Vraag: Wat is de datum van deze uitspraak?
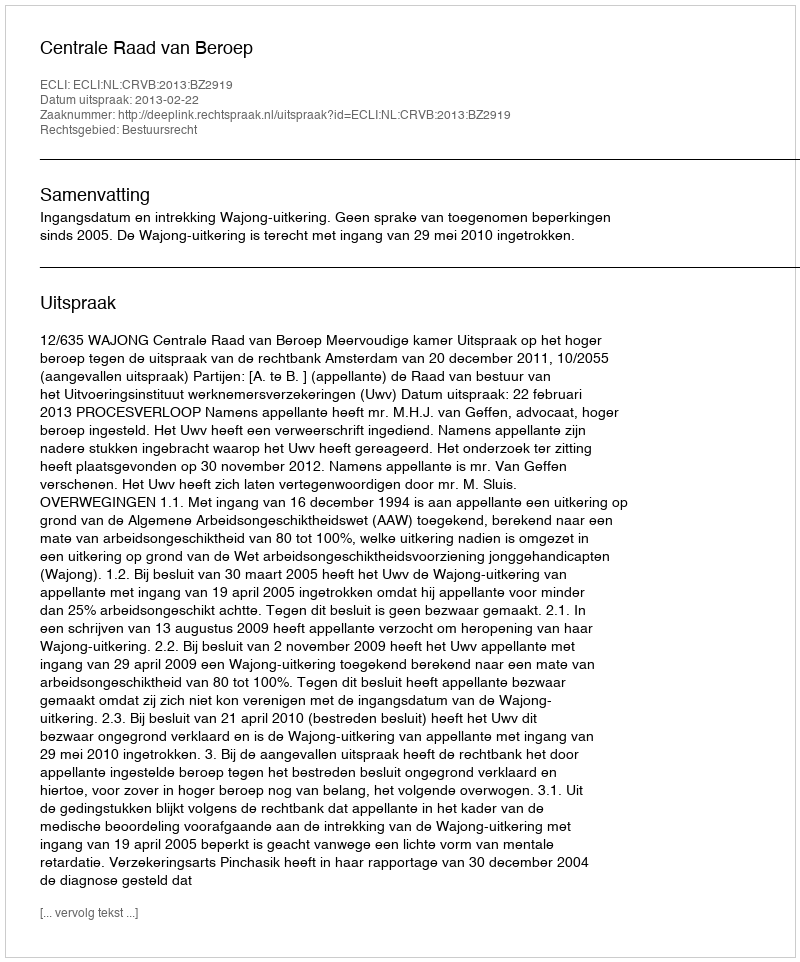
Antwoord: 2013-02-22